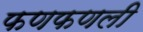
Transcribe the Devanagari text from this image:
फणफणली